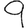
Digit: 9